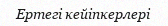
Ертегі кейіпкерлері